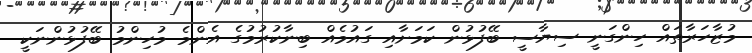
މުޒާހަރާތައް ހިންގަނީ ސިޔާސީ ބޭފުޅުން ކަމަށާއި ގައުމެއް ބިނާކުރުމުގެ އެންމެ މުހިންމު ބޭފުޅުންނަކީ